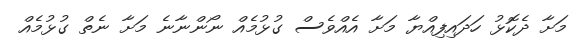
މަށާ ދެކޮޅު ހަދައިފިއްޔާ މަށާ އެއްވެސް ގުޅުމެއް ނޯންނާނެ މަށާ ނެތް ގުޅުމެއް